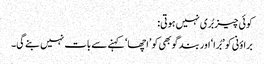
کوئی چیز بُری نہیں ہوتی:
براؤنی کو ’بُرا‘ اور بند گوبھی کو ’اچھا‘ کہنے سے بات نہیں بنے گی۔